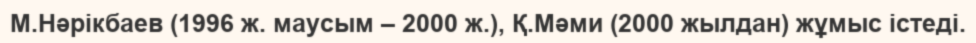
М.Нәрікбаев (1996 ж. маусым – 2000 ж.), Қ.Мәми (2000 жылдан) жұмыс істеді.